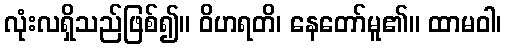
လုံးလရှိသည်ဖြစ်၍။ ဝိဟရတိ၊ နေတော်မူ၏။ ထာမဝါ၊